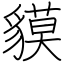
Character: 貘